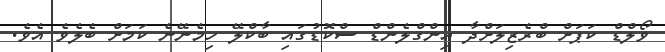
ވޯލްޑް ކަޕަށް ބްރެޒިލަށްދާ އިންގްލެންޑް ސްކޮޑުގައި ބާކްލޭ ހިމެނޭނެ ކަމަށް ބެލެވެ އެވެ.